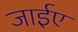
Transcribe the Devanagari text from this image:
जाईए